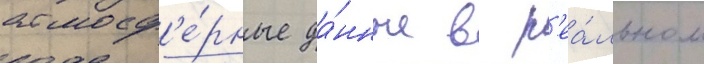
атмосф'е́рные да́нные в р'еа́льном